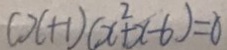
( x + 1 ) ( x ^ { 2 } + x - 6 ) = 0